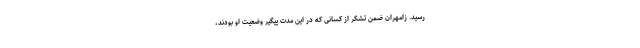
رسید. زامهران ضمن تشکر از کسانی که در این مدت پیگیر وضعیت او بودند،